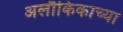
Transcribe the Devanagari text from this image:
अलौकिकाच्या